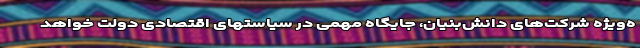
ه‌ویژه شرکت‌های دانش‌بنیان، جایگاه مهمی در سیاستهای اقتصادی دولت خواهد